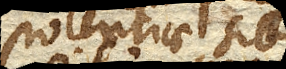
potentiae sibi